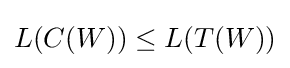
L(C(W))\leq L(T(W))